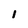
Character: l